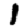
Digit: 1